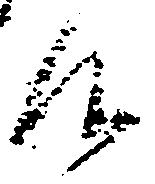
候